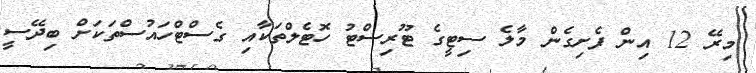
މިރޭ 12 އިން ފެށިގެން މާލެ ސިޓީގެ ޓޫރިސްޓު ހޮޓެލްތަކާއި ގެސްޓްހައުސްތަކަށް ބިދޭސީ